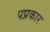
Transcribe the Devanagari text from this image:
पप्रकार